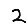
Digit: 2